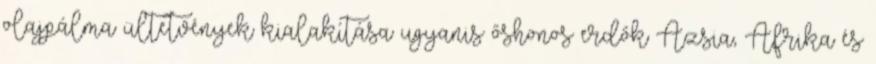
olajpálma ültetvények kialakítása ugyanis őshonos erdők Ázsia, Afrika és